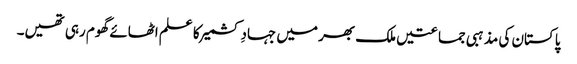
پاکستان کی مذہبی جماعتیں ملک بھر میں جہادِ کشمیر کا علم اٹھائے گھوم رہی تھیں۔